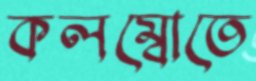
কলম্বোতে